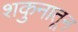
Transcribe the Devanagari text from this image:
शकुनातून